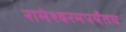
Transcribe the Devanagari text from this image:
रामेश्वरमपर्यंतच